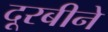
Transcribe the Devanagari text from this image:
दूरबीने